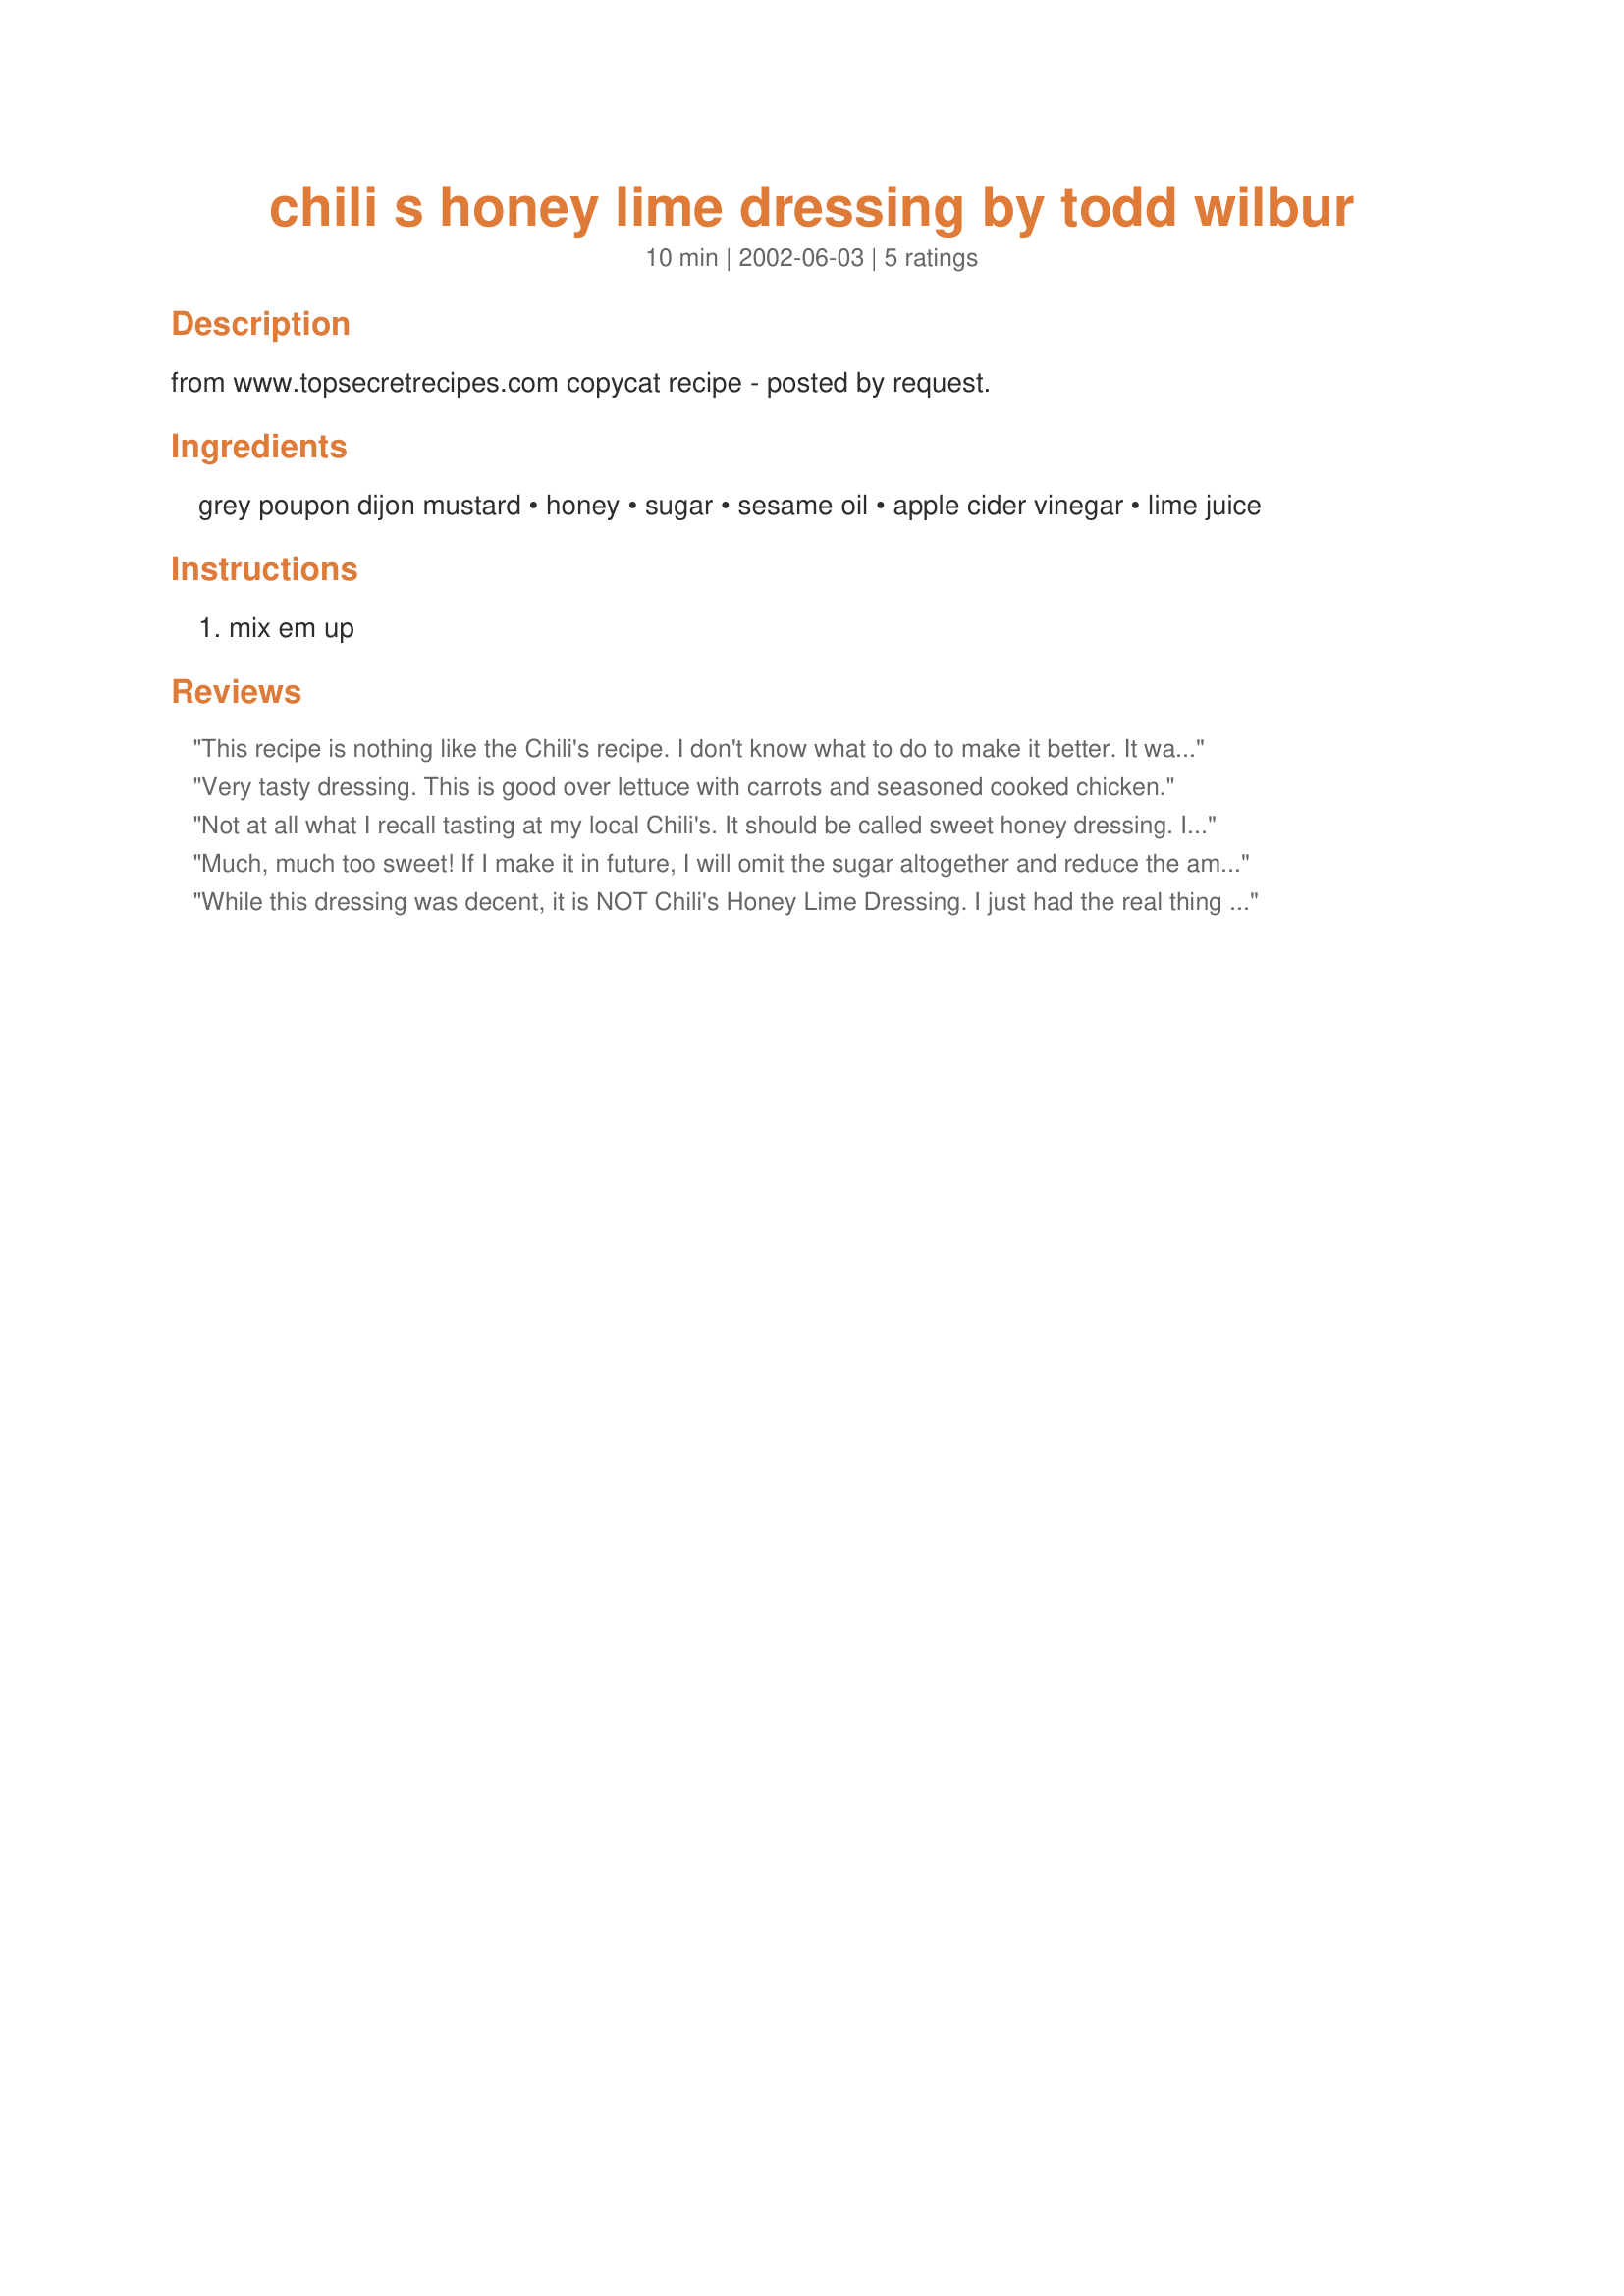
chili s honey lime dressing by todd wilbur
Preparation time: 10 minutes

from www.topsecretrecipes.com copycat recipe - posted by request.

Ingredients:
grey poupon dijon mustard, honey, sugar, sesame oil, apple cider vinegar, lime juice

Steps:
mix em up

Reviews:
This recipe is nothing like the Chili's recipe. I don't know what to do to make it better. It was very dark and way too much vinegar.
Very tasty dressing. This is good over lettuce with carrots and seasoned cooked chicken.
Not at all what I recall tasting at my local Chili's. It should be called sweet honey dressing. I feel sesame oil was too much and a bit overly sweet. My search continues......
Much, much too sweet! If I make it in future, I will omit the sugar altogether and reduce the amount of honey.
While this dressing was decent, it is NOT Chili's Honey Lime Dressing. I just had the real thing two nights ago and wanted to clone it. This had way too much mustard in it. Going to try the other one next.
